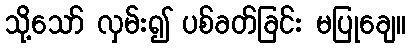
သို့သော် လှမ်း၍ ပစ်ခတ်ခြင်း မပြုချေ။